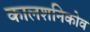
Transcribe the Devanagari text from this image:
कालशनिकोव